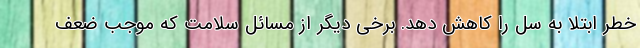
خطر ابتلا به سل را کاهش دهد. برخی دیگر از مسائل سلامت که موجب ضعف